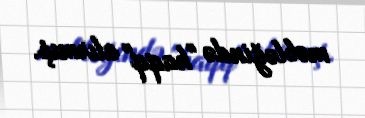
məbləğində "haqq" alırmış.